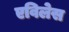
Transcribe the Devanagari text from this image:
एविलेस